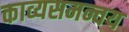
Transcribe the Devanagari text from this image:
काव्यसमन्वय